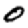
Digit: 0